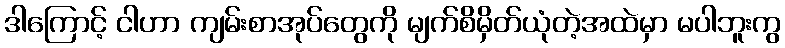
ဒါကြောင့် ငါဟာ ကျမ်းစာအုပ်တွေကို မျက်စိမှိတ်ယုံတဲ့အထဲမှာ မပါဘူးကွ